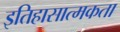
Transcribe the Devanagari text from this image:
इतिहासात्मकता